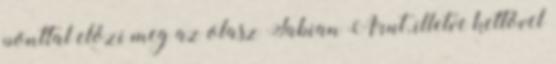
ponttal előzi meg az olasz Fabian Arut, illetve kettővel